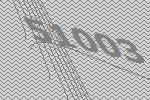
51003